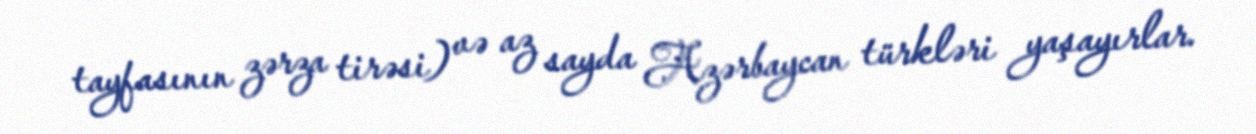
tayfasının zərza tirəsi) və az sayda Azərbaycan türkləri yaşayırlar.